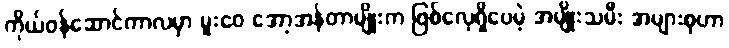
ကိုယ်ဝန်ဆောင်ကာလမှာ မူးဝေ အော့အန်တာမျိုးက ဖြစ်လေ့ရှိပေမဲ့ အမျိုးသမီး အများစုဟာ